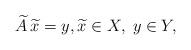
LaTeX: \begin{align*} \widetilde A\, \widetilde x =y,\widetilde x\in X,\;y \in Y,\end{align*}